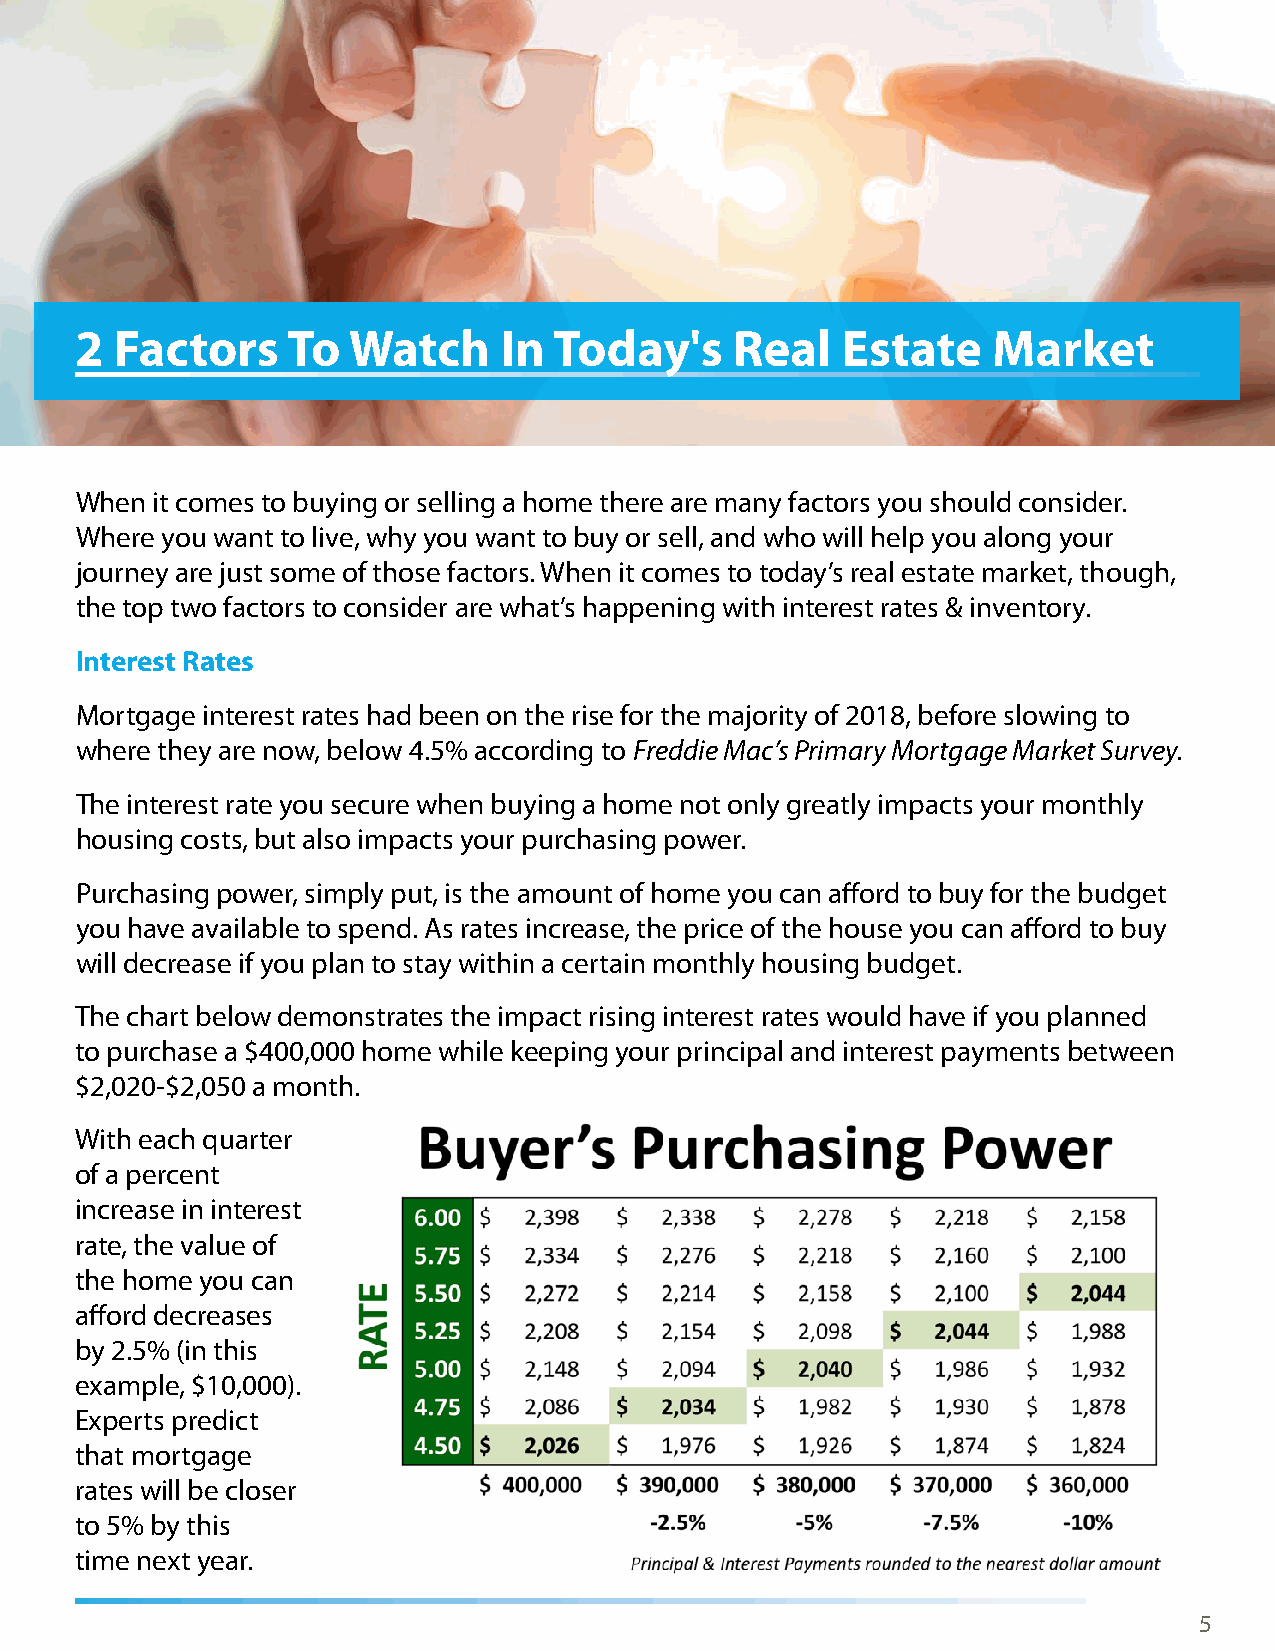
2  Factors    To  Watch     In  Today's     Real   Estate    Market
 When it comes to buying or selling a home there are many factors you should consider.
 Where you want to live, why you want to buy or sell, and who will help you along your
 journey are just some of those factors. When it comes to today’s real estate market, though,
 the top two factors to consider are what’s happening with interest rates & inventory.
 Interest Rates
 Mortgage interest rates had been on the rise for the majority of 2018, before slowing to
 where they are now, below 4.5% according to Freddie Mac’s Primary Mortgage Market Survey.
 The interest rate you secure when buying a home not only greatly impacts your monthly
 housing costs, but also impacts your purchasing power.
 Purchasing power, simply put, is the amount of home you can afford to buy for the budget
 you have available to spend. As rates increase, the price of the house you can afford to buy
 will decrease if you plan to stay within a certain monthly housing budget.
 The chart below demonstrates the impact rising interest rates would have if you planned
 to purchase a $400,000 home while keeping your principal and interest payments between
 $2,020-$2,050 a month.
 With each quarter
 of a percent
 increase in interest
 rate, the value of
 the home you can
 afford decreases
 by 2.5% (in this
 example, $10,000).
 Experts predict
 that mortgage
 rates will be closer
 to 5% by this
 time next year.
 5